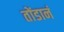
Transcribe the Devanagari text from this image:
तोंडानं